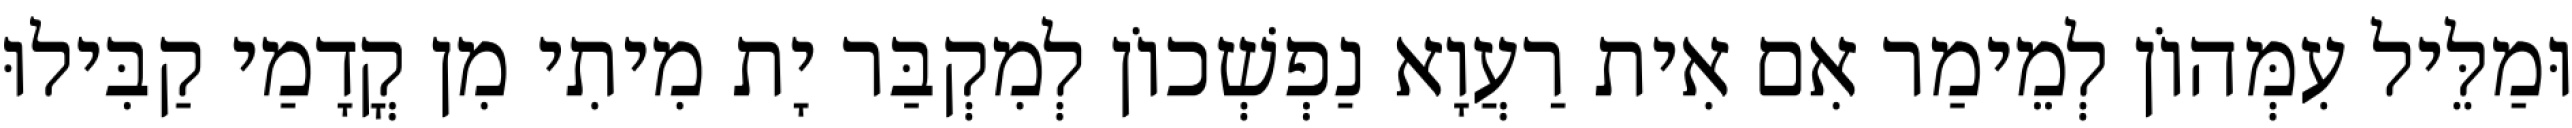
וּמַלֵּיל עִמְּהוֹן לְמֵימַר אִם אִית רַעֲוָא נַפְשְׁכוֹן לְמִקְבַּר יָת מִיתִי מִן קֳדָמַי קַבִּילוּ